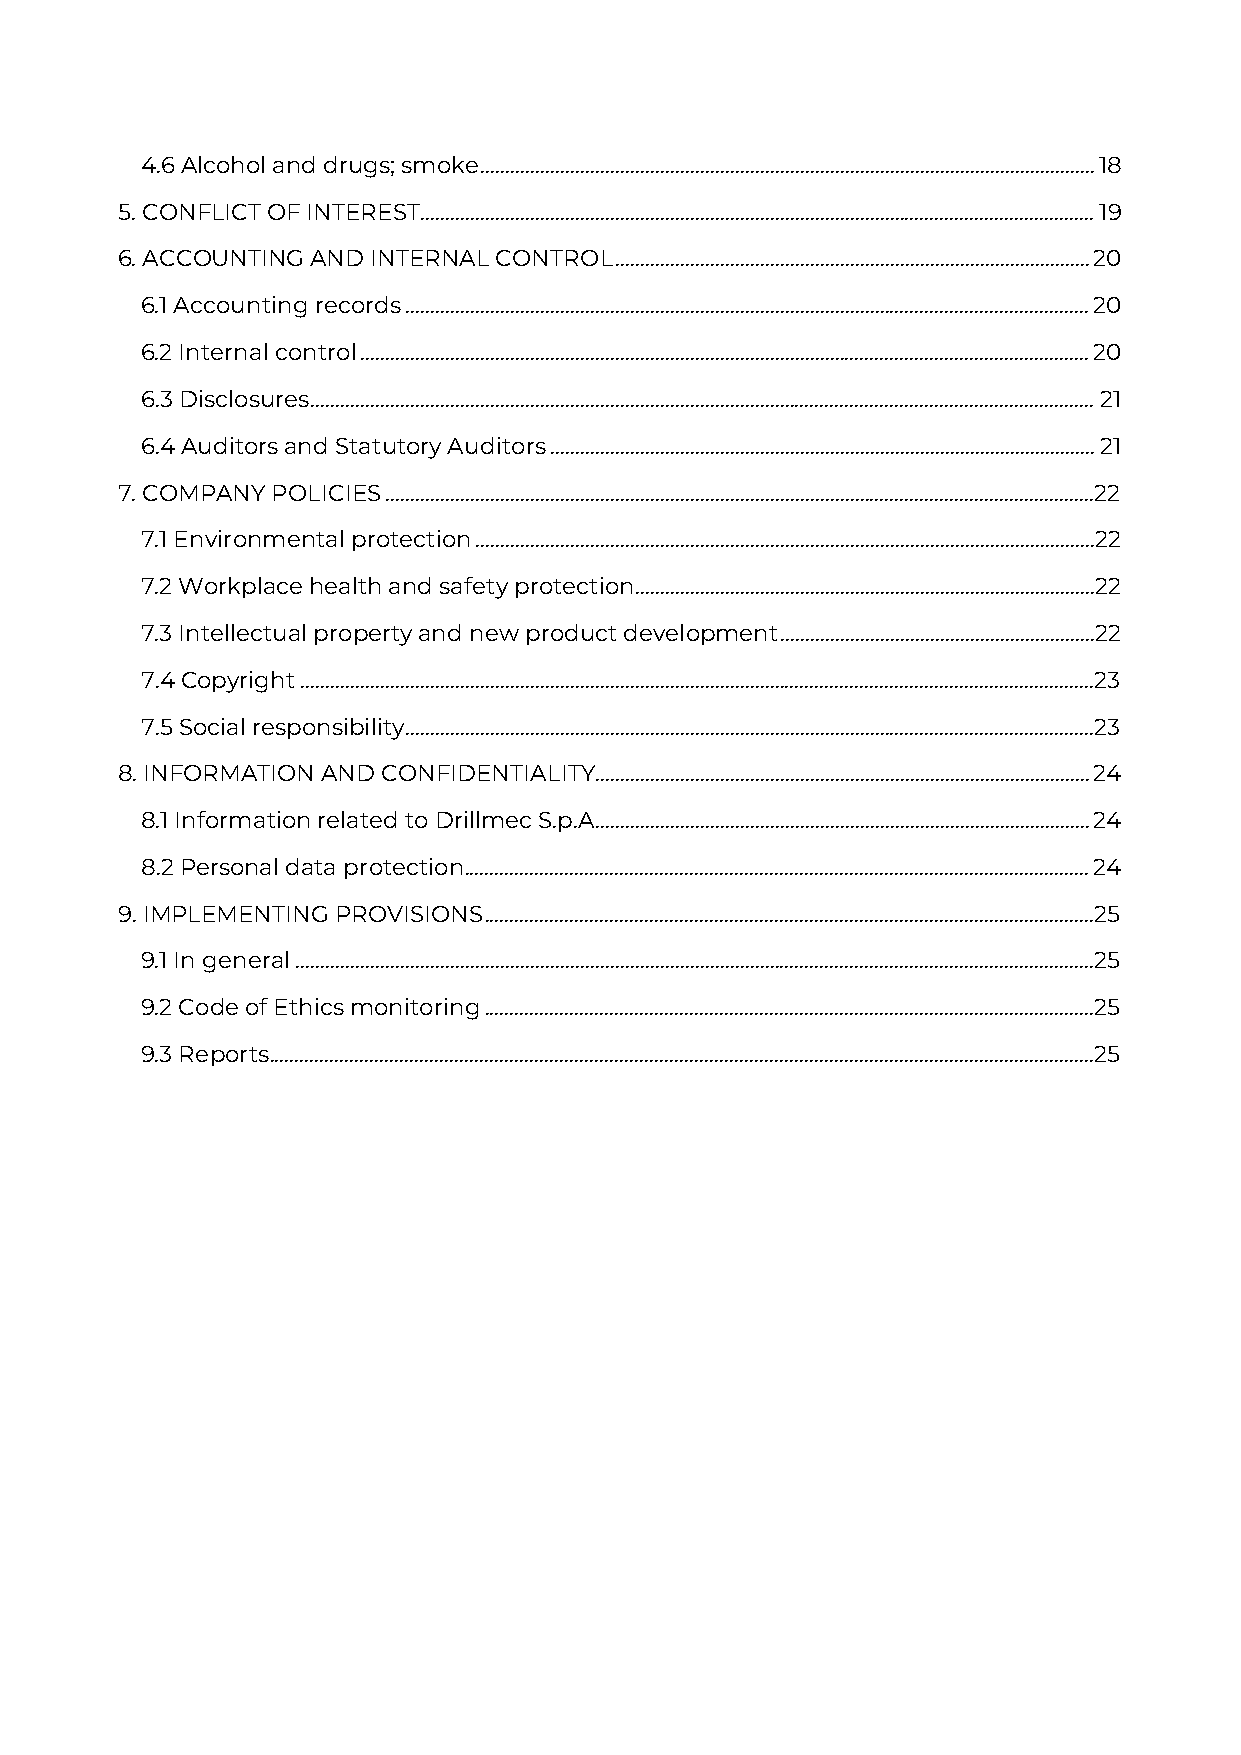
4.6 Alcohol and drugs; smoke ........................................................................................................................... 18
 5. CONFLICT OF INTEREST ....................................................................................................................................... 19
 6. ACCOUNTING AND INTERNAL CONTROL ............................................................................................... 20
 6.1 Accounting records ......................................................................................................................................... 20
 6.2 Internal control .................................................................................................................................................. 20
 6.3 Disclosures ............................................................................................................................................................. 21
 6.4 Auditors and Statutory Auditors ............................................................................................................. 21
 7. COMPANY POLICIES ..............................................................................................................................................22
 7.1 Environmental protection ............................................................................................................................22
 7.2 Workplace health and safety protection ............................................................................................22
 7.3 Intellectual property and new product development ...............................................................22
 7.4 Copyright ...............................................................................................................................................................23
 7.5 Social responsibility ..........................................................................................................................................23
 8. INFORMATION AND CONFIDENTIALITY................................................................................................... 24
 8.1 Information related to Drillmec S.p.A. .................................................................................................. 24
 8.2 Personal data protection ............................................................................................................................. 24
 9. IMPLEMENTING PROVISIONS ..........................................................................................................................25
 9.1 In general ................................................................................................................................................................25
 9.2 Code of Ethics monitoring ..........................................................................................................................25
 9.3 Reports .....................................................................................................................................................................25